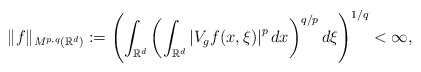
\begin{align*} \lVert f\rVert_{M^{p,q}({\mathbb{R}^d})} := \left( \int_{{\mathbb{R}^d}}\left( \int_{{\mathbb{R}^d}} \left| V_g f(x,\xi) \right| ^p dx\right)^{q/p} d\xi \right)^{1/q} < \infty,\end{align*}